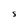
Character: S